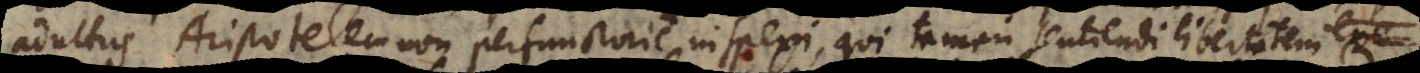
adultus Aristotelem non perfunctorie inspexi, qui tamen sentiendi libertatem